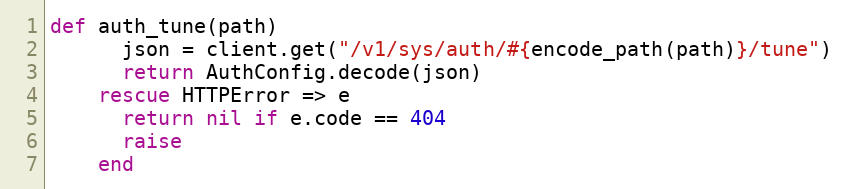
Language: Ruby
def auth_tune(path)
      json = client.get("/v1/sys/auth/#{encode_path(path)}/tune")
      return AuthConfig.decode(json)
    rescue HTTPError => e
      return nil if e.code == 404
      raise
    end